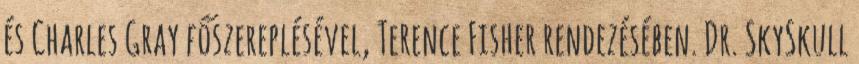
és Charles Gray főszereplésével, Terence Fisher rendezésében. Dr. SkySkull